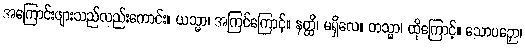
အကြောင်းဖျားသည်လည်းကောင်း။ ယသ္မာ၊ အကြင်ကြောင့်။ နတ္ထိ၊ မရှိလေ။ တသ္မာ၊ ထိုကြောင့်။ သောပဉှော၊